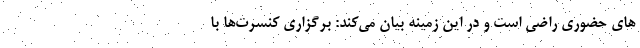
های حضوری راضی است و در این زمینه بیان می‌کند: برگزاری کنسرت‌ها با